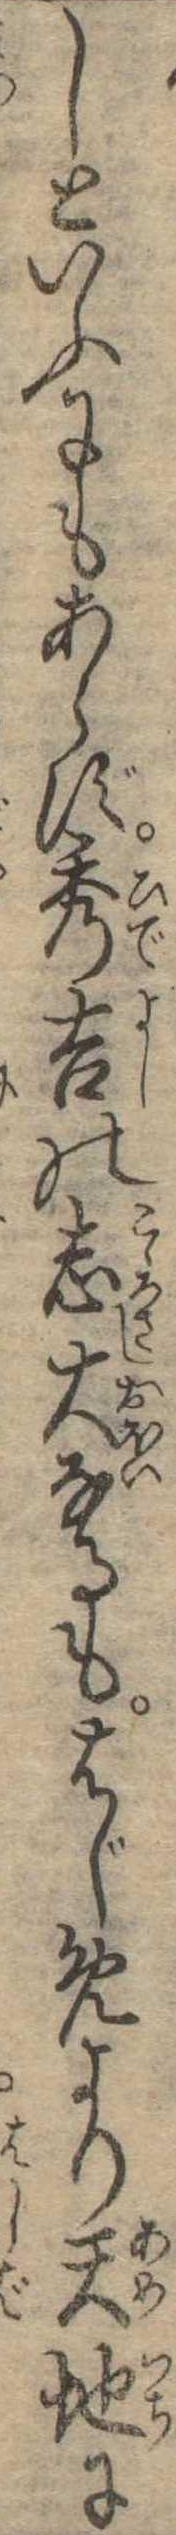
しといふにもあらず秀吉の志大なるもはじめより天地に